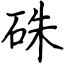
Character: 硃